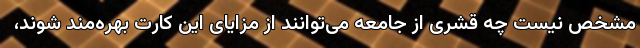
مشخص نیست چه قشری از جامعه می‌توانند از مزایای این کارت بهره‌مند شوند،